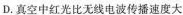
D.真空中红光比无线电波传播速度大